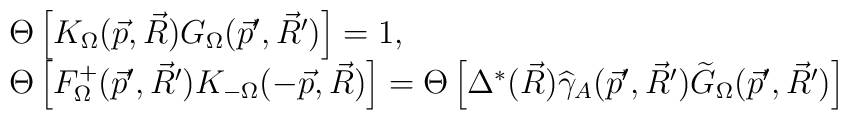
\begin{array}{l}\Theta\left[K_{\Omega}(\vec{p},\vec{R}) G_{\Omega}(\vec{p}',\vec{R}')\right]=1,\\ \Theta\left[F^{+}_{\Omega}(\vec{p}',\vec{R}')K_{-\Omega}(-\vec{p},\vec{R})\right]=\Theta\left[\Delta^{*}(\vec{R})\widehat{\gamma}_{A}(\vec{p}',\vec{R}')\widetilde{G}_{\Omega}(\vec{p}',\vec{R}')\right]\end{array}